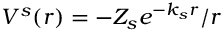
V ^ { s } ( r ) = - Z _ { s } e ^ { - k _ { s } r } / r